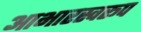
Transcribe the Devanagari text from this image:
आभारस्वरूप